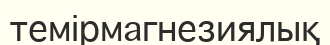
темірмагнезиялық